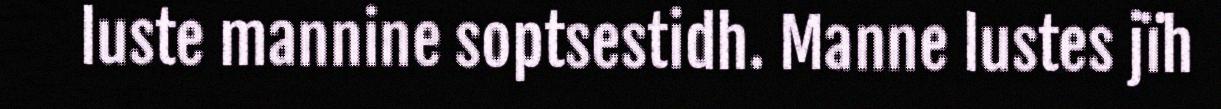
luste mannine soptsestidh. Manne lustes jïh